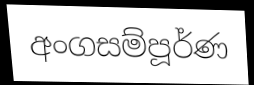
අංගසම්පූර්ණ